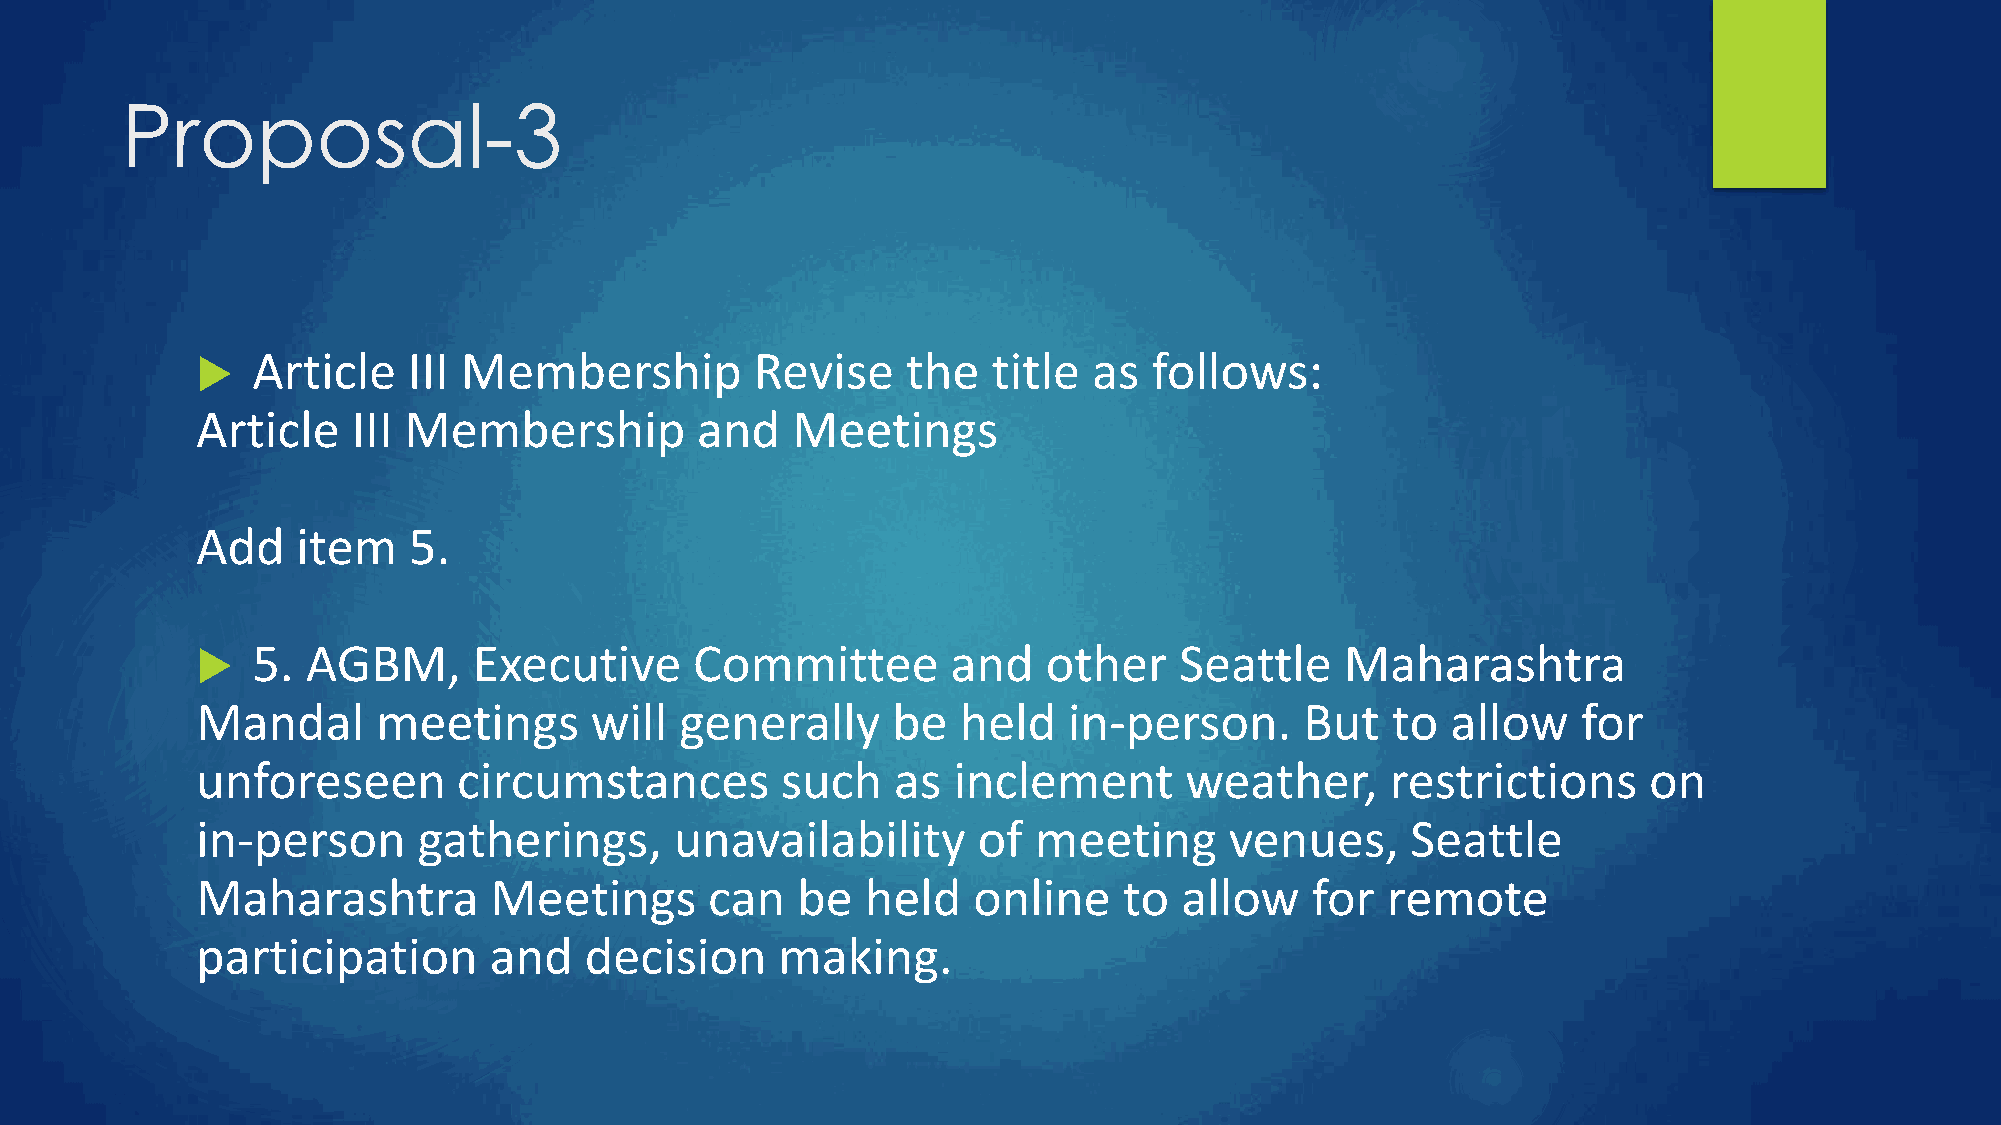
Proposal-3
 Article   III Membership         Revise    the   title as  follows:
 
 Article   III Membership         and   Meetings
 Add    item   5.
 5. AGBM,      Executive      Committee        and   other    Seattle    Maharashtra
 
 Mandal      meetings      will  generally     be   held   in-person.     But   to  allow    for
 unforeseen       circumstances         such   as  inclement      weather,      restrictions     on
 in-person      gatherings,      unavailability      of meeting      venues,     Seattle
 Maharashtra        Meetings       can   be  held   online    to  allow    for  remote
 participation      and    decision     making.